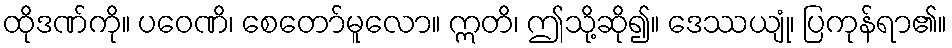
ထိုဒဏ်ကို။ ပဝေဏိ၊ စေတော်မူလော။ ဣတိ၊ ဤသို့ဆို၍။ ဒေဿယျုံ၊ ပြကုန်ရာ၏။